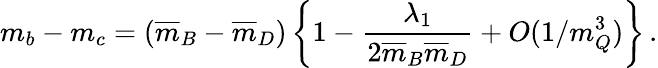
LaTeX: m_{b}-m_{c}=(\overline{{{m}}}_{B}-\overline{{{m}}}_{D})\, \bigg\{ 1-{\frac{\lambda_{1}}{2\overline{{{m}}}_{B}\overline{{{m}}}_{D}}}+O(1/m_{Q}^{3})\bigg\} \, .